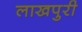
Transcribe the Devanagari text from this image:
लाखपुरी